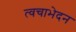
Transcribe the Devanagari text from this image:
त्वचाभेदन